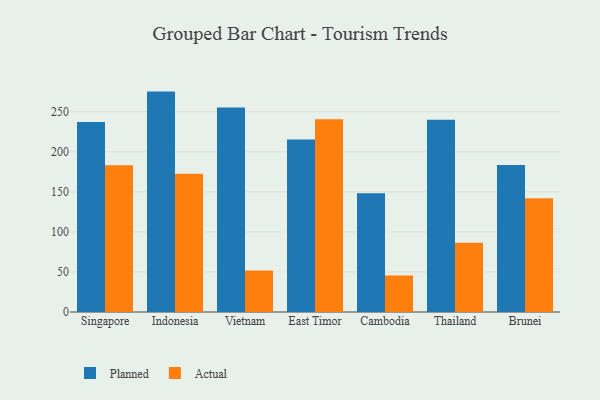
{"axis": {"x": "Country", "y": "Conversion Rate (%)"}, "legend": ["Actual", "Planned"], "data": [{"x": "Singapore", "y": 237.3, "type": "Planned"}, {"x": "Singapore", "y": 183.1, "type": "Actual"}, {"x": "Indonesia", "y": 275.2, "type": "Planned"}, {"x": "Indonesia", "y": 172.5, "type": "Actual"}, {"x": "Vietnam", "y": 255.3, "type": "Planned"}, {"x": "Vietnam", "y": 51.8, "type": "Actual"}, {"x": "East Timor", "y": 215.4, "type": "Planned"}, {"x": "East Timor", "y": 240.7, "type": "Actual"}, {"x": "Cambodia", "y": 148.2, "type": "Planned"}, {"x": "Cambodia", "y": 45.7, "type": "Actual"}, {"x": "Thailand", "y": 239.9, "type": "Planned"}, {"x": "Thailand", "y": 86.6, "type": "Actual"}, {"x": "Brunei", "y": 183.5, "type": "Planned"}, {"x": "Brunei", "y": 142.0, "type": "Actual"}]}